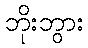
ဘိုးဘွား